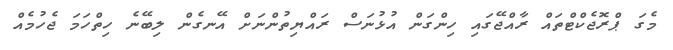
މެގަ ޕްރޮޖެކްޓްތައް ރާއްޖޭގައި ހިންގަން އުޅުނަސް ރައްޔިތުންނަށް އޭނގެން ލިބޭނެ ހިތްހަމަ ޖެހުމެއް